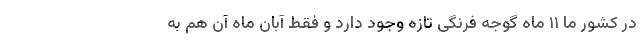
در کشور ما ۱۱ ماه گوجه فرنگی تازه وجود دارد و فقط آبان ماه آن هم به